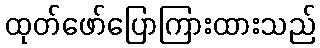
ထုတ်ဖော်ပြောကြားထားသည်